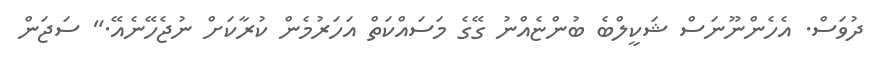
ދުވަސް. އެހެންނޫނަސް ޝަކީލްބެ ބުންޏެއްނު ގޭގެ މަސައްކަތް އަހަރުމެން ކުރާކަށް ނުޖެހޭނެއޭ." ސަޖަން